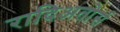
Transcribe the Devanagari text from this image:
रादिअतोर्स